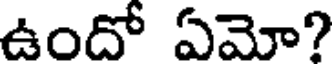
ఉందో ఏమో?